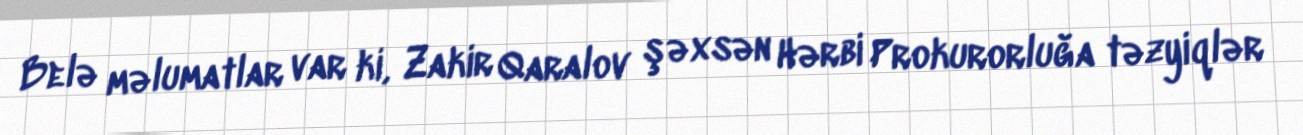
Belə məlumatlar var ki, Zakir Qaralov şəxsən Hərbi Prokurorluğa təzyiqlər